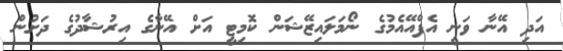
އަދި އޭނާ ވަނީ އެފްއޭއެމުގެ ނޯމަލައިޒޭޝަން ކޮމިޓީ އަށް އޭނާގެ އިރުޝާދުގެ ދަށުން